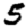
Digit: 5